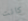
كانت